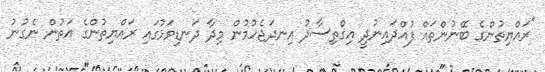
"ރައްޔިތުންގެ ބޭނުންތައް ފުއްދައިނުދީ އިގްތިސާދު އިނދަޖެހުމުން މިދާ ދަނޑިވަޅުގައި ރައްޔިތުންގެ އަތުން ނެގުނު